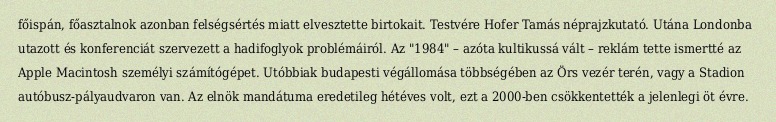
főispán, főasztalnok azonban felségsértés miatt elvesztette birtokait. Testvére Hofer Tamás néprajzkutató. Utána Londonba utazott és konferenciát szervezett a hadifoglyok problémáiról. Az "1984" – azóta kultikussá vált – reklám tette ismertté az Apple Macintosh személyi számítógépet. Utóbbiak budapesti végállomása többségében az Örs vezér terén, vagy a Stadion autóbusz-pályaudvaron van. Az elnök mandátuma eredetileg hétéves volt, ezt a 2000-ben csökkentették a jelenlegi öt évre.